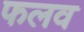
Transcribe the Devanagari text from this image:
फलव